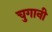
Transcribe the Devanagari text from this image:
चुगानी